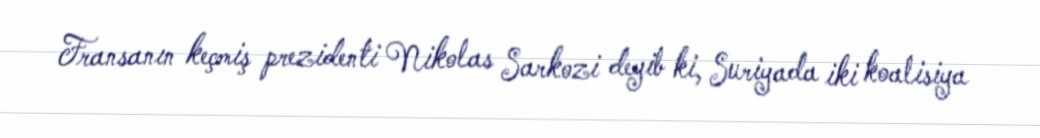
Fransanın keçmiş prezidenti Nikolas Sarkozi deyib ki, Suriyada iki koalisiya